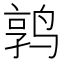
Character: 鹑